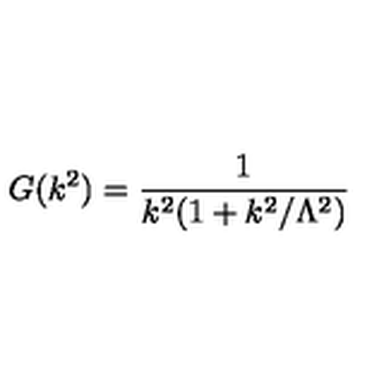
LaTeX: G ( k ^ { 2 } ) = \frac { 1 } { k ^ { 2 } ( 1 + k ^ { 2 } / \Lambda ^ { 2 } ) }